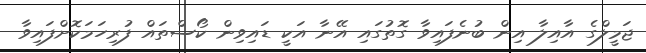
ޖަމީލްގެ އާއިލާ އިން ބުނެފައިވާ ގޮތުގައި އޭނާ އަކީ ޑައިވިން ކޯސްތައް ފުރިހަމަކޮށްފައިވާ